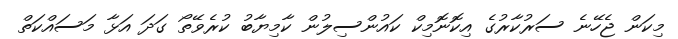
މިކަން ޖެހޭނެ ސަރުކާރުގެ އިކޮނޮމިކް ކައުންސިލުން ކާމިޔާބު ކުރެވޭތޯ ގަދަ އަޅާ މަސައްކަތް